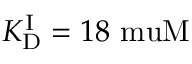
{ K _ { \mathrm { D } } ^ { \mathrm { I } } } = 1 8 \mathrm { \ m u M }